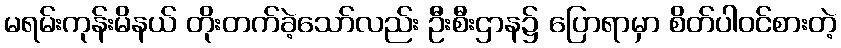
မရမ်းကုန်းမိနယ် တိုးတက်ခဲ့သော်လည်း ဦးစီးဌာန၌ ပြောရာမှာ စိတ်ပါဝင်စားတဲ့